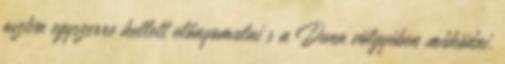
osztva egyszerre kellett előnyomulni s a Duna völgyében működni.